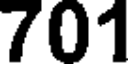
701